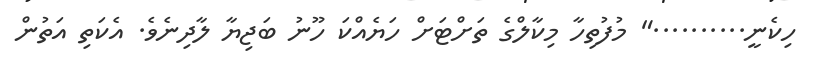
ހިކެނީ.........." މުފުތިހާ މިކާލްގެ ތަށްޓަށް ހަޔެއްކަ ހޫނު ބަޖިޔާ ލާދިނެވެ. އެކަތި އަތުން